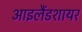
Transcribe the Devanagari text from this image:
आइलैंडशायर